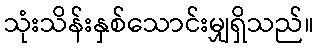
သုံးသိန်းနှစ်သောင်းမျှရှိသည်။